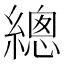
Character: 總